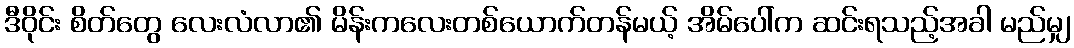
ဒီဝိုင်း စိတ်တွေ လေးလံလာ၏ မိန်းကလေးတစ်ယောက်တန်မယ့် အိမ်ပေါ်က ဆင်းရသည့်အခါ မည်မျှ